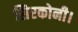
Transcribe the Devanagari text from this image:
सिरकोनी।